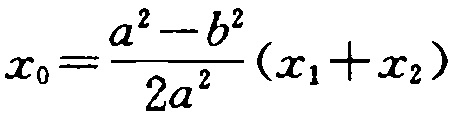
\(x_{0}=\frac{a^{2}-b^{2}}{2a^{2}}(x_{1}+x_{2})\)